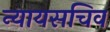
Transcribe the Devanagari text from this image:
न्यायसचिव